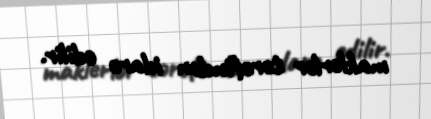
maklerlər tərəfindən idarə edilir.